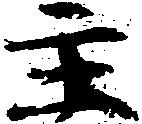
主